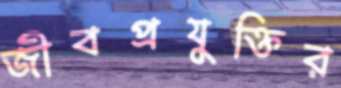
জীবপ্রযুক্তির